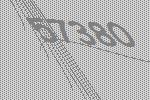
57380